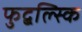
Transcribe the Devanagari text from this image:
फुद्बल्स्कि